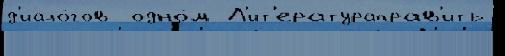
д'иало́гов  одно́м Л'ит'ератураправ'ить